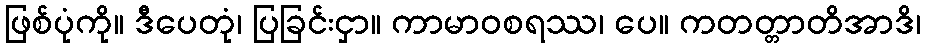
ဖြစ်ပုံကို။ ဒီပေတုံ၊ ပြခြင်းငှာ။ ကာမာဝစရဿ၊ ပေ။ ကတတ္တာတိအာဒိ၊